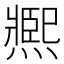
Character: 𤎹